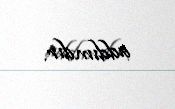
addımdır.